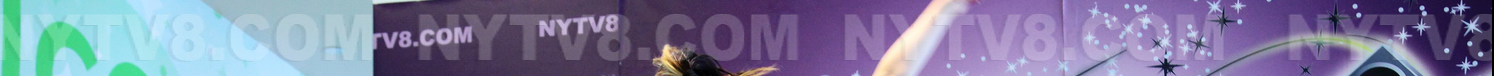
NYTV8.COM NYTV8.COM NYTV8.COM NYTV8